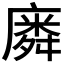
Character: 𭙸